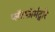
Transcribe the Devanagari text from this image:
प्लॅटफॉर्मद्वारे